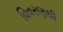
વિવરણથી